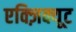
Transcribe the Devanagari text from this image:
एक्ज़िक्यूट